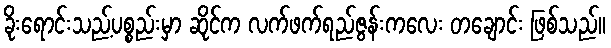
ခိုးရောင်းသည့်ပစ္စည်းမှာ ဆိုင်က လက်ဖက်ရည်ဇွန်းကလေး တချောင်း ဖြစ်သည်။